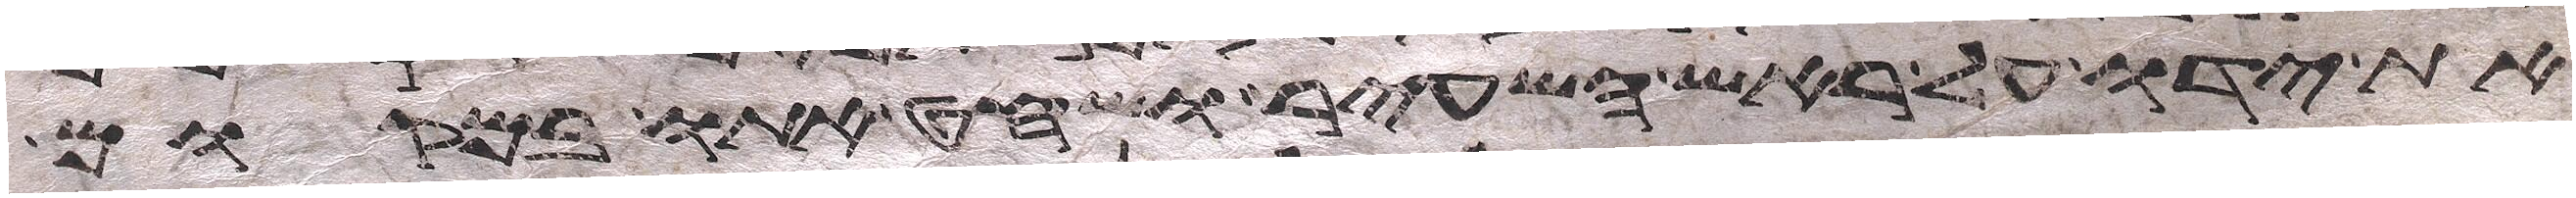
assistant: את ידו על ראש השעיר ושחט אתו במקום